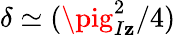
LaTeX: \delta\simeq(\pig_{I\mathbf{z}}^{2}/4)